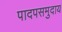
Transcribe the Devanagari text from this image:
पादपसमुदाय